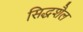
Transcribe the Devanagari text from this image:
सिद्धशैल